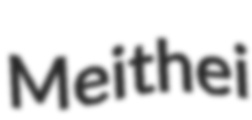
Meithei